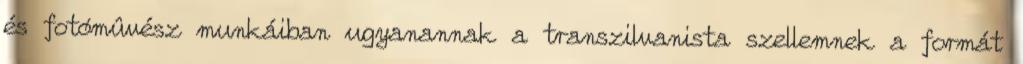
és fotómûvész munkáiban ugyanannak a transzilvanista szellemnek a formát